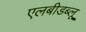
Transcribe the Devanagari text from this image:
एलबीडब्लू